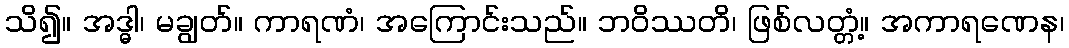
သိ၍။ အဒ္ဓါ၊ မချွတ်။ ကာရဏံ၊ အကြောင်းသည်။ ဘဝိဿတိ၊ ဖြစ်လတ္တံ့။ အကာရဏေန၊